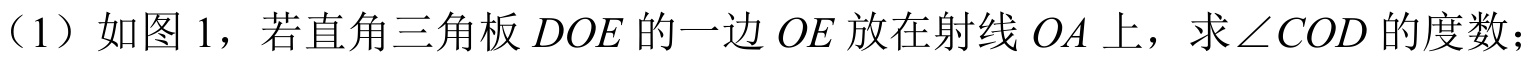
（1）如图 1，若直角三角板 \(DOE\) 的一边 \(OE\) 放在射线 \(OA\) 上，求 \(\angle COD\) 的度数；